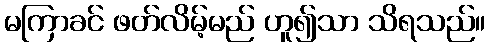
မကြာခင် ဖတ်လိမ့်မည် ဟူ၍သာ သိရသည်။